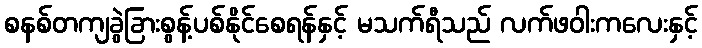
စနစ်တကျခွဲခြားစွန့်ပစ်နိုင်စေရန်နှင့် မသက်ရီသည် လက်ဖဝါးကလေးနှင့်